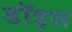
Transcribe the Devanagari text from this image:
डॉइश